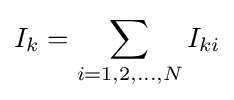
I_{k}=\sum _{i=1,2,\ldots ,N}I_{ki}